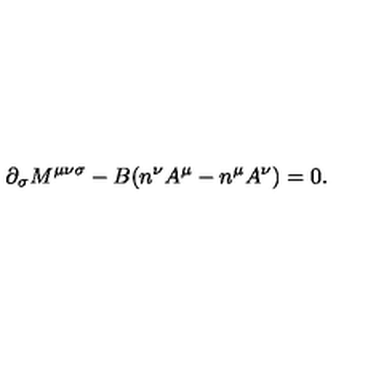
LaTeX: { \partial } _ { \sigma } M ^ { { \mu } { \nu } { \sigma } } - B ( n ^ { \nu } A ^ { \mu } - n ^ { \mu } A ^ { \nu } ) = 0 .